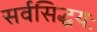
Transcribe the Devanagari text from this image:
सर्वसिद्धयः